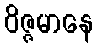
ဝိဇ္ဇမာနေ